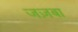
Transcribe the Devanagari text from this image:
जज़बा